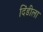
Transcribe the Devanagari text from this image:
दिंडीला